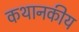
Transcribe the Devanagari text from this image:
कथानकीय